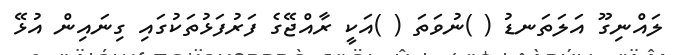
ލައްނިގޫ އަލަތަނޑު ( )ނުވަތަ ( )އަކީ ރާއްޖޭގެ ފަރުފަޅުތަކުގައި ގިނައިން އުޅޭ